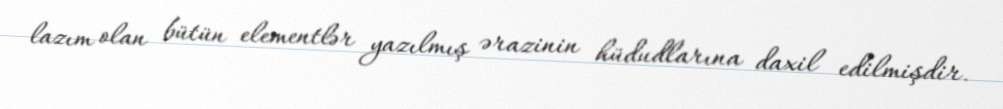
lazım olan bütün elementlər yazılmış ərazinin hüdudlarına daxil edilmişdir.